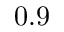
0 . 9